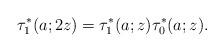
LaTeX: \begin{align*}\tau^{*}_1(a;2z)=\tau^{*}_1(a;z)\tau^{*}_0(a;z).\end{align*}